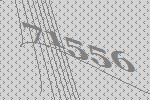
71556